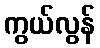
ကွယ်လွန်